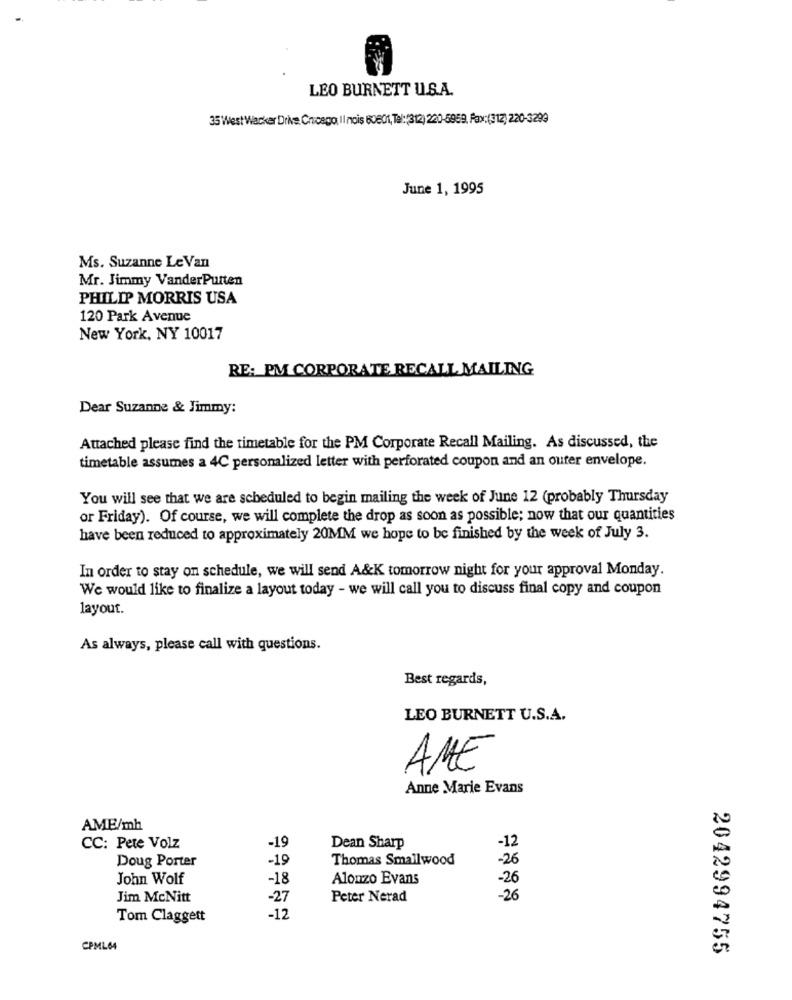
LEO BURNETT U.S.A.
35 West Wacker Drive Chicago, Il nois 60601, Tel: (312) 220-5959, Fax: (312) 220-3299
June 1, 1995
Ms. Suzanne Le Van
Mr. Jimmy VanderPutten
PHILIP MORRIS USA
120 Park Avenue
New York, NY 10017
RE: PM CORPORATE RECALL MAILING
Dear Suzanne & Jimmy:
Attached please find the timetable for the PM Corporate Recall Mailing. As discussed, the
timetable assumes a 4C personalized letter with perforated coupon and an outer envelope.
You will see that we are scheduled to begin mailing the week of June 12 (probably Thursday
or Friday). Of course, we will complete the drop as soon as possible; now that our quantities
have been reduced to approximately 20MM we hope to be finished by the week of July 3.
In order to stay on schedule, we will send A&K tomorrow night for your approval Monday.
We would like to finalize a layout today - we will call you to discuss final copy and coupon
layout.
As always, please call with questions.
Best regards,
LEO BURNETT U.S.A.
AME
Anne Marie Evans
AME/mh
-19
-12
CC: Pete Volz
Dean Sharp
Doug Porter
-19
Thomas Smallwood
-26
John Wolf
-18
Alonzo Evans
-26
Jim McNitt
-27
Peter Nerad
-26
Tom Claggett
-12
CPML64
2042994755